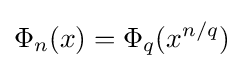
\Phi _{n}(x)=\Phi _{q}(x^{n/q})\;